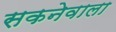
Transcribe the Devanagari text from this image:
सकनेवाला